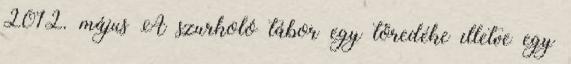
2012. május A szurkoló tábor egy töredéke illetve egy